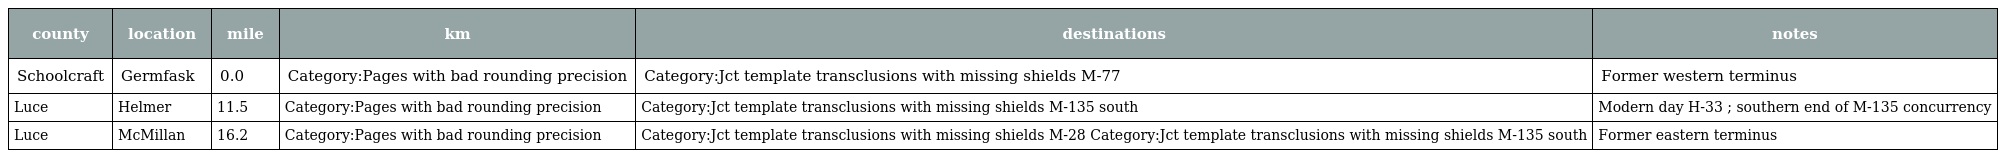
| county | location | mile | km | destinations | notes |
 | --- | --- | --- | --- | --- | --- |
 | Schoolcraft | Germfask | 0.0 | Category:Pages with bad rounding precision | Category:Jct template transclusions with missing shields M-77 | Former western terminus |
 | Luce | Helmer | 11.5 | Category:Pages with bad rounding precision | Category:Jct template transclusions with missing shields M-135 south | Modern day H-33 ; southern end of M-135 concurrency |
 | Luce | McMillan | 16.2 | Category:Pages with bad rounding precision | Category:Jct template transclusions with missing shields M-28 Category:Jct template transclusions with missing shields M-135 south | Former eastern terminus |